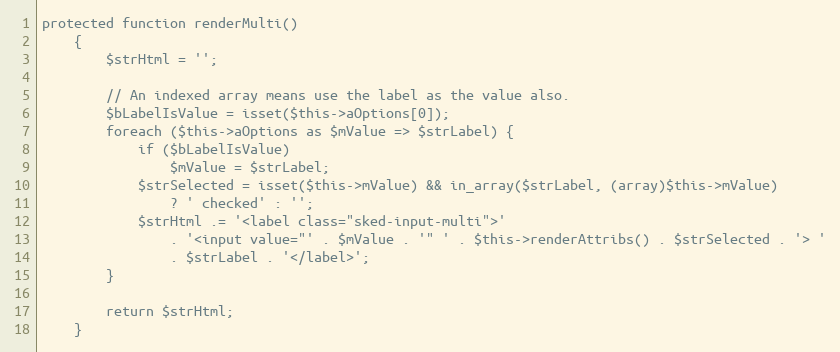
Language: PHP
protected function renderMulti()
    {
        $strHtml = '';

        // An indexed array means use the label as the value also.
        $bLabelIsValue = isset($this->aOptions[0]);
        foreach ($this->aOptions as $mValue => $strLabel) {
            if ($bLabelIsValue)
                $mValue = $strLabel;
            $strSelected = isset($this->mValue) && in_array($strLabel, (array)$this->mValue)
                ? ' checked' : '';
            $strHtml .= '<label class="sked-input-multi">'
                . '<input value="' . $mValue . '" ' . $this->renderAttribs() . $strSelected . '> '
                . $strLabel . '</label>';
        }

        return $strHtml;
    }